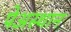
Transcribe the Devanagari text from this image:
पेअस्थान